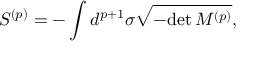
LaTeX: S ^ { ( p ) } = - \int d ^ { p + 1 } \sigma \sqrt { - \mathrm { d e t } \, M ^ { ( p ) } } ,